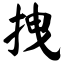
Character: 拽